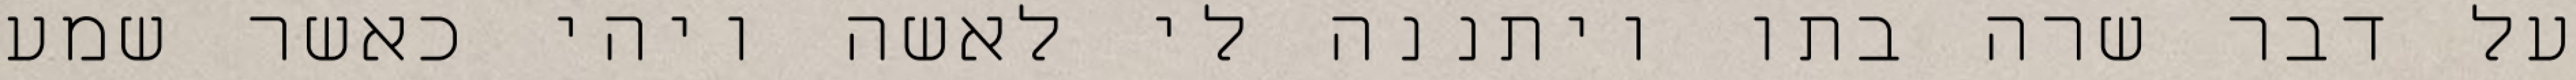
על דבר שרה בתו ויתננה לי לאשה ויהי כאשר שמע